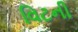
વિટની